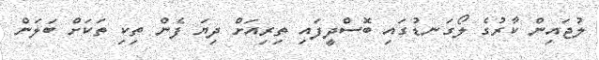
ލުޖައިން ކާރުގެ ލޯގަނޑުގައި ބޮސްދީފައި ތިރިއަށް ދިޔަ ފެން ތިކި ތަކަށް ބަލަން